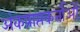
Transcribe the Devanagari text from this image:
अंकप्राप्तकर्ताओं